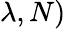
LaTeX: \lambda,N)